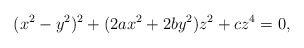
\begin{align*} (x^2-y^2)^2+ ( 2 a x^2+ 2 b y^2) z^2+ c z^4=0,\end{align*}